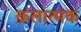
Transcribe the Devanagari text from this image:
क़लात्मक